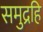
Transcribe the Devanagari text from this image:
समुद्रहि